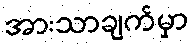
အားသာချက်မှာ